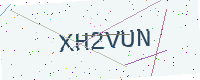
Text: XH2VUN